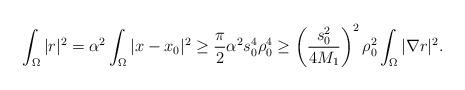
LaTeX: \begin{align*} \int_\Omega|r|^2=\alpha^2\int_\Omega|x-x_0|^2\geq \frac{\pi}{2}\alpha^2s_0^4\rho_0^4 \geq\left(\frac{s_0^2}{4M_1}\right)^2\rho_0^2\int_\Omega|\nabla r|^2.\end{align*}